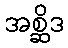
အစ္ဆိဒ